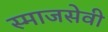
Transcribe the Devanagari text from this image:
स्माजसेवी